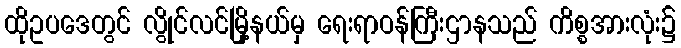
ထိုဥပဒေတွင် လွိုင်လင်မြို့နယ်မှ ရေးရာဝန်ကြီးဌာနသည် ကိစ္စအားလုံး၌